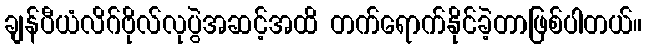
ချန်ပီယံလိဂ်ဗိုလ်လုပွဲအဆင့်အထိ တက်ရောက်နိုင်ခဲ့တာဖြစ်ပါတယ်။